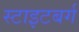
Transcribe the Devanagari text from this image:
स्टाइटबर्ग